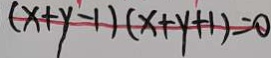
( x + y - 1 ) ( x + y + 1 ) = 0